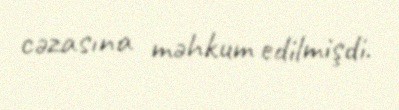
cəzasına məhkum edilmişdi.